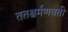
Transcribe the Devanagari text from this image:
ततश्चर्मणवती